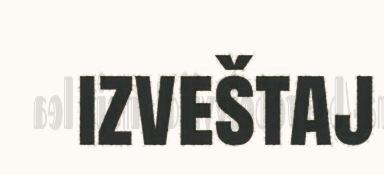
izveštaj